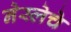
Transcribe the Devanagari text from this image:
नेस्लेचे